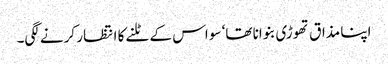
اپنا مذاق تھوڑی بنوانا تھا‘ سو اس کے ٹلنے کا انتظار کرنے لگی۔